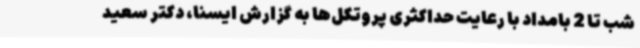
شب تا 2 بامداد با رعایت حداکثری پروتکل‌ها به گزارش ایسنا، دکتر سعید